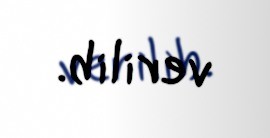
verilib.